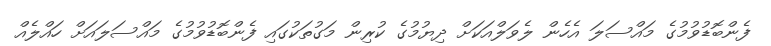
ފެންބޮޑުވުމުގެ މައްސަލަ އެހެން ލެވަލްއަކަށް ދިޔުމުގެ ކުރިން މަގުތަކުގައި ފެންބޮޑުވުމުގެ މައްސަލައަށް ހައްލެއް